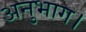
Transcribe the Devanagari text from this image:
अनुभाग।